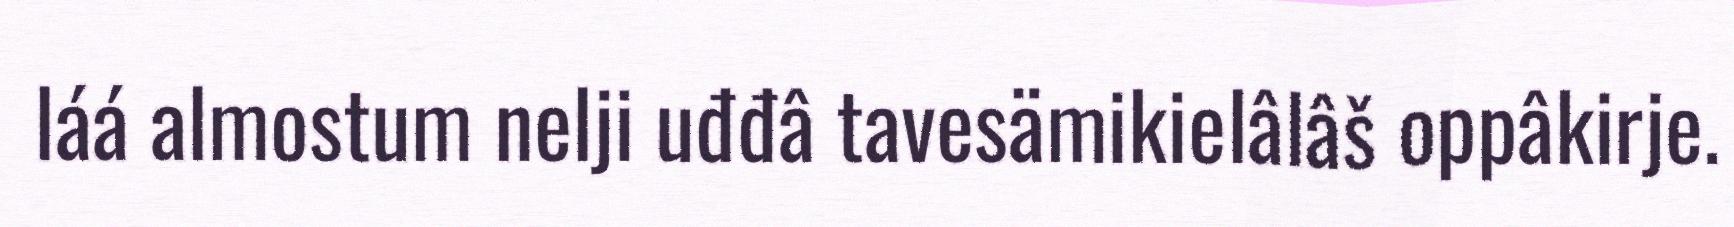
láá almostum nelji uđđâ tavesämikielâlâš oppâkirje.